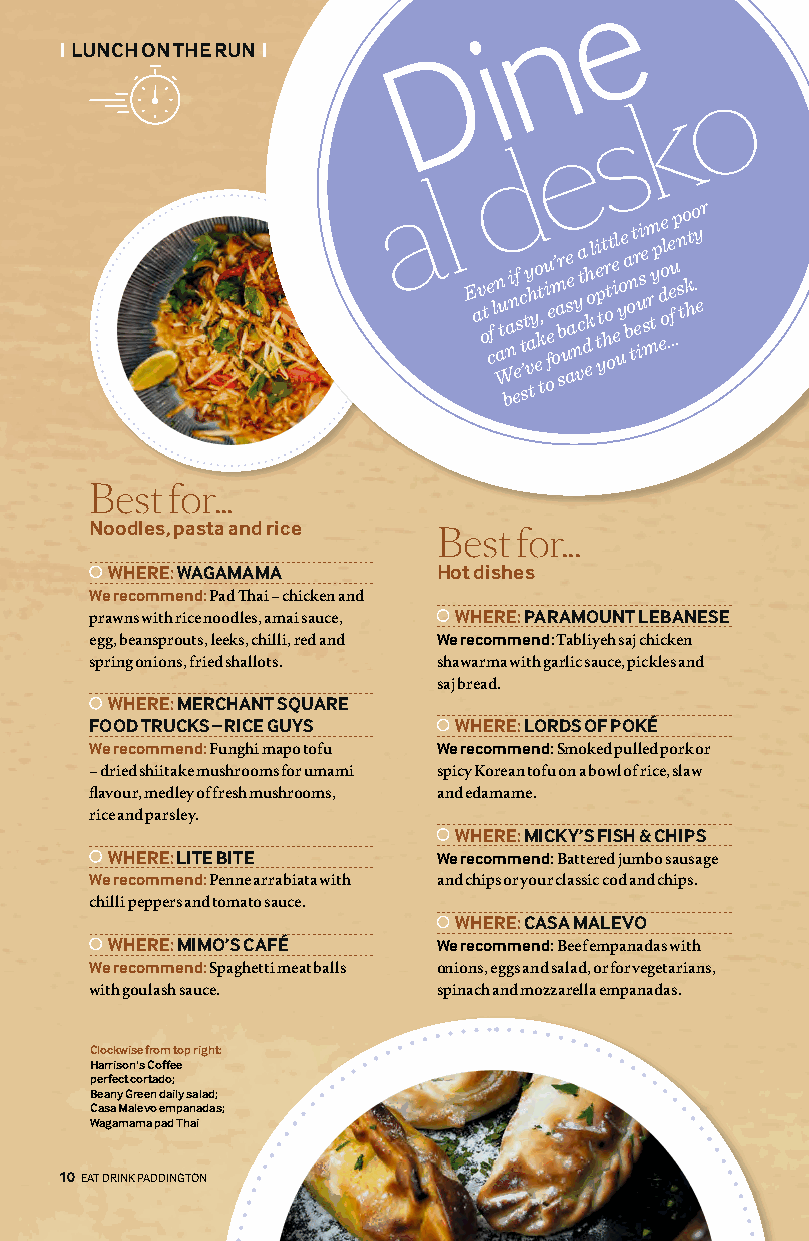
e
 n
 i
 D
 | LUNCH ON THE RUN |
 E av ot e cfl n Wau t ba ni n
 e
 ef s ’c
 t
 sty vah ty eo , kt
 t
 u i ofeem’ oar sb ue s ae a ny vca t
 d
 eh kol i e tp ytt hr ot ot e i el
 u
 y oe a b on tt r e iui se s
 m
 m r ty p d eo oe l …e feu p n s t o k ht .o y e r
 Best for...
 Noodles, pasta and rice
 Best for...
 WHERE: WAGAMAMA       Hot dishes
 We recommend: Pad Thai – chicken and
 prawns with rice noodles, amai sauce, WHERE: PARAMOUNT LEBANESE
 egg, beansprouts, leeks, chilli, red and We recommend: Tabliyeh saj chicken
 spring onions, fried shallots. shawarma with garlic sauce, pickles and
 saj bread.
 WHERE: MERCHANT SQUARE
 FOOD TRUCKS – RICE GUYS WHERE: LORDS OF POKÉ
 We recommend: Funghi mapo tofu We recommend: Smoked pulled pork or
 – dried shiitake mushrooms for umami spicy Korean tofu on a bowl of rice, slaw
 flavour, medley of fresh mushrooms, and edamame.
 rice and parsley.
 WHERE: MICKY’S FISH & CHIPS
 WHERE: LITE BITE      We recommend: Battered jumbo sausage
 We recommend: Penne arrabiata with and chips or your classic cod and chips.
 chilli peppers and tomato sauce.
 WHERE: CASA MALEVO
 WHERE: MIMO’S CAFÉ    We recommend: Beef empanadas with
 We recommend: Spaghetti meat balls onions, eggs and salad, or for vegetarians,
 with goulash sauce.    spinach and mozzarella empanadas.
 Clockwise from top right:
 Harrison's Coffee
 perfect cortado;
 Beany Green daily salad;
 Casa Malevo empanadas;
 Wagamama pad Thai
 10 EAT DRINK PADDINGTON
 ovelaM
 asaC
 ©
 ovelaM
 asaC
 ;sdrahciR
 ycuL
 ©
 neerG
 ynaeB
 ;esoR
 adnamA
 ©
 snosirraH
 ;navilluS’O
 .P
 ©
 amamagaW